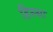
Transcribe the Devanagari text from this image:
हिस्सा